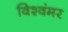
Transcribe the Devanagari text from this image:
विश्वंमर